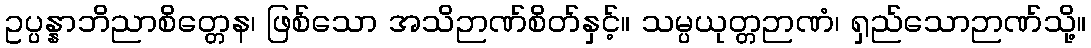
ဥပ္ပန္နာဘိညာစိတ္တေန၊ ဖြစ်သော အသိဉာဏ်စိတ်နှင့်။ သမ္ပယုတ္တဉာဏံ၊ ရှည်သောဉာဏ်သို့။